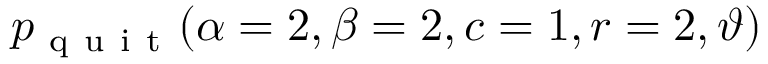
\displaystyle p _ { \mathrm { ~ q ~ u ~ i ~ t ~ } } ( \alpha = 2 , \beta = 2 , c = 1 , r = 2 , \vartheta )